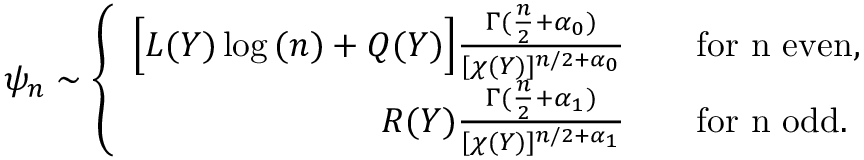
\psi _ { n } \sim \left\{ \begin{array} { r l } { \Big [ L ( Y ) \log { ( n ) } + Q ( Y ) \Big ] \frac { \Gamma ( \frac { n } { 2 } + \alpha _ { 0 } ) } { [ \chi ( Y ) ] ^ { n / 2 + \alpha _ { 0 } } } } & { \quad \mathrm { f o r ~ n ~ e v e n } , } \\ { R ( Y ) \frac { \Gamma ( \frac { n } { 2 } + \alpha _ { 1 } ) } { [ \chi ( Y ) ] ^ { n / 2 + \alpha _ { 1 } } } } & { \quad \mathrm { f o r ~ n ~ o d d } . } \end{array} \right.